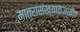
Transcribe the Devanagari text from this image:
मात्रासंख्याकजातीत